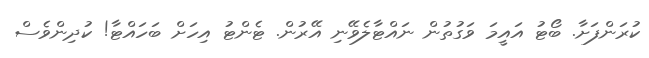
ކުރަންފަށާ. ބޯޓު އައީމަ ވަގުތުން ނައްޓާލެވޭނި އޭރުން. ޓެންޓު އިހަށް ބަހައްޓާ! ކުދިންވެސް